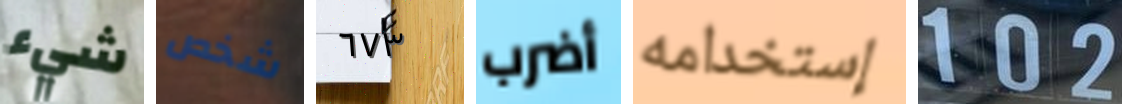
شيء شخص ٦٧٣ أضرب إستخدامه 102